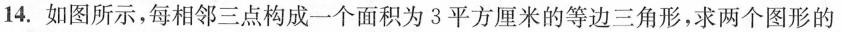
14.如图所示，每相邻三点构成一个面积为3平方厘米的等边三角形，求两个图形的